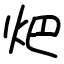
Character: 𤆵